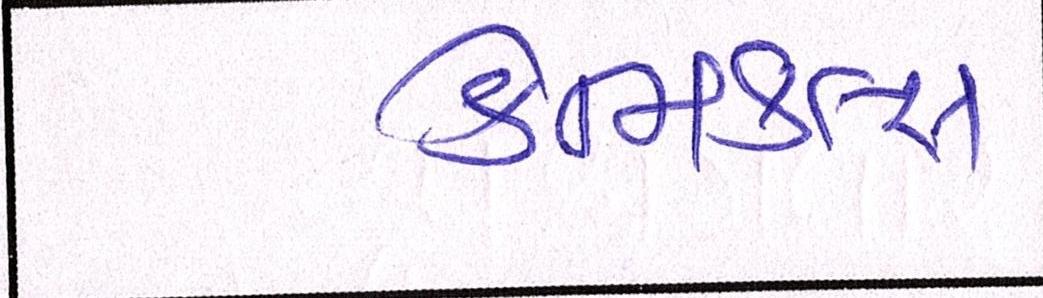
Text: કેમિકલ્સ